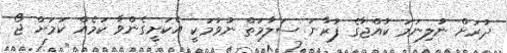
ދުރަށް ނުލިނަމަ ކުއްޖާގެ ފުރާނަ ސަލާމަތް ނުވުމަކީ އެކަށީގެންވާ ކަމެއް ކަމަށް ޖޯ